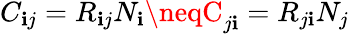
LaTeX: C_{\mathbf{i}j}=R_{\mathbf{i}j}N_{\mathbf{i}}\neqC_{j\mathbf{i}}=R_{j\mathbf{i}}N_{j}